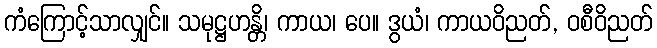
ကံကြောင့်သာလျှင်။ သမုဋ္ဌဟန္တိ၊ ကာယ၊ ပေ။ ဒွယံ၊ ကာယဝိညတ်, ဝစီဝိညတ်